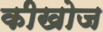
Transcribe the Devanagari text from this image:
कीखोज